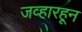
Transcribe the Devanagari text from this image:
जव्हारहून